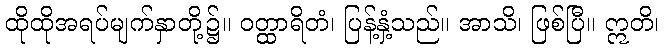
ထိုထိုအရပ်မျက်နှာတို့၌။ ဝတ္ထာရိတံ၊ ပြန့်နှံ့သည်။ အာသိ၊ ဖြစ်ပြီ။ ဣတိ၊